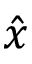
\hat { x }